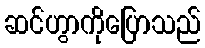
ဆင်ဟွာကိုပြောသည်